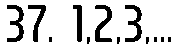
37. 1,2,3,...